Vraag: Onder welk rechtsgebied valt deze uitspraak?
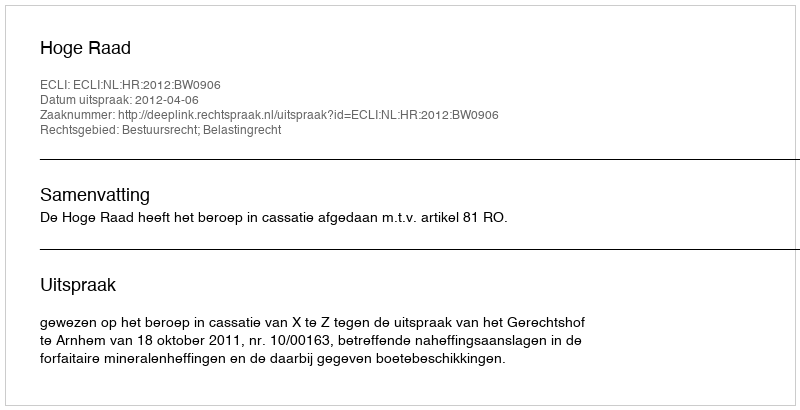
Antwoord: Bestuursrecht; Belastingrecht